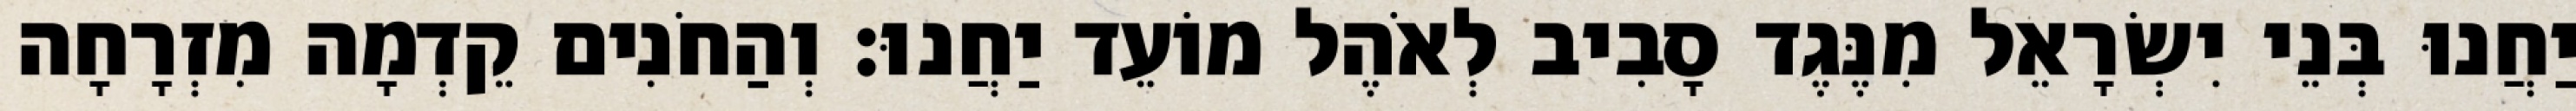
יַחֲנוּ בְּנֵי יִשְׂרָאֵל מִנֶּגֶד סָבִיב לְאֹהֶל מוֹעֵד יַחֲנוּ׃ וְהַחֹנִים קֵדְמָה מִזְרָחָה